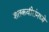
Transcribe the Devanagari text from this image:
शतकवीरांमध्ये